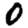
Digit: 0